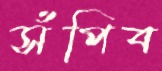
সঁপিব